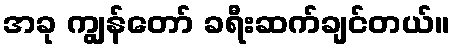
အခု ကျွန်တော် ခရီးဆက်ချင်တယ်။